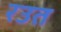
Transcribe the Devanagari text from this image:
रउत